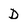
Character: D